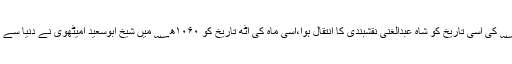
۱۲۹۶ھ؁ کی اسی تاریخ کو شاہ عبدالغنی نقشبندی کا انتقال ہوا،اسی ماہ کی آٹھ تاریخ کو ۱۰۶۰ھ؁ میں شیخ ابوسعید امیٹھوی نے دنیا سے کوچ کیا۔